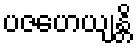
ပဇဟေယျန္တိ